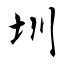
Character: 圳